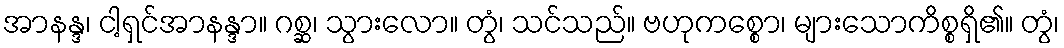
အာနန္ဒ၊ ငါ့ရှင်အာနန္ဒာ။ ဂစ္ဆ၊ သွားလော။ တွံ၊ သင်သည်။ ဗဟုကစ္စော၊ များသောကိစ္စရှိ၏။ တွံ၊